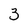
Character: 3